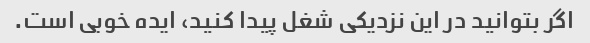
اگر بتوانید در این نزدیکی شغل پیدا کنید، ایده خوبی است.